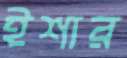
ইশার